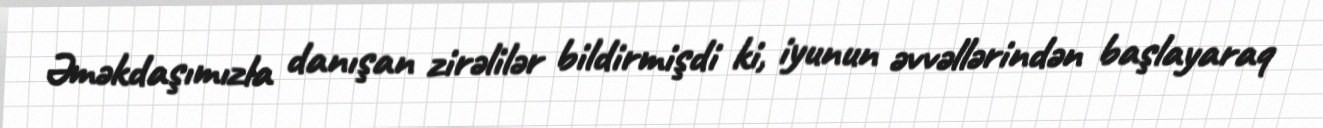
Əməkdaşımızla danışan zirəlilər bildirmişdi ki, iyunun əvvəllərindən başlayaraq